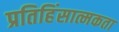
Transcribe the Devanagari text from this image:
प्रतिहिंसात्मकता